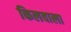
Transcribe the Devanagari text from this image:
किलवाला